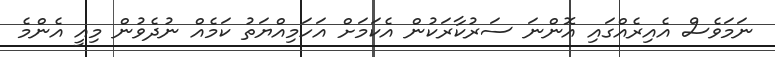
ނަމަވެސް އެއިރެއްގައި އޮންނަ ސަރުކާރަކުން އެކަމަށް އަހަމިއްޔަތު ކަމެއް ނުދެވުން މިއީ އެންމެ